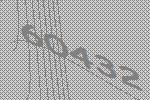
60432